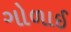
ગોળાઈ